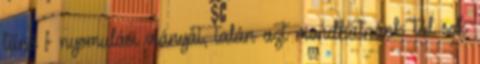
tűnő - nyomulási irányát, talán azt mondhatnánk: túl sok